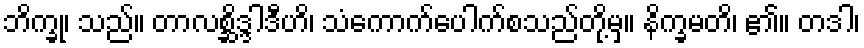
ဘိက္ခု၊ သည်။ တာလစ္ဆိဒ္ဒါဒီဟိ၊ သံကောက်ပေါက်စသည်တို့မှ။ နိက္ခမတိ၊ ၏။ တဒါ၊